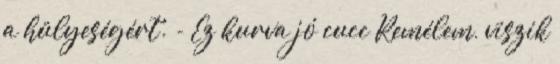
a hülyeségért. - Ez kurva jó cucc Remélem, viszik